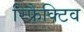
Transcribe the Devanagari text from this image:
रिफ्रैक्टिव